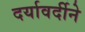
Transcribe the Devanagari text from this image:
दर्यावर्दीने